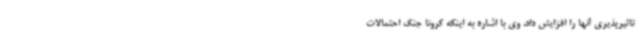
تاثیرپذیری آنها را افزایش داد. وی با اشاره به اینکه کرونا جنگ احتمالات